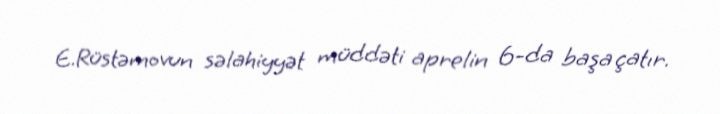
E.Rüstəmovun səlahiyyət müddəti aprelin 6-da başa çatır.